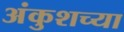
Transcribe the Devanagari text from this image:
अंकुशच्या